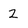
Character: 2